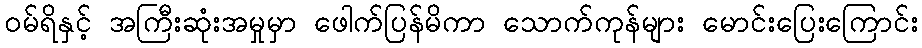
ဝမ်ရိနှင့် အကြီးဆုံးအမှုမှာ ဖေါက်ပြန်မိကာ သောက်ကုန်များ မောင်းပြေးကြောင်း